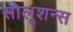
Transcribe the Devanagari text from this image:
सोलूशन्स